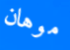
موهان